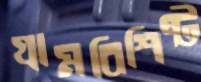
গ্রামবিশিষ্ট